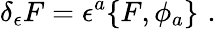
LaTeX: \delta_{\epsilon}F=\epsilon^{a}\{ F,\phi_{a}\} \, \, .